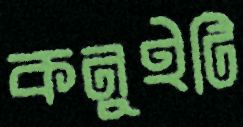
কনুইটি